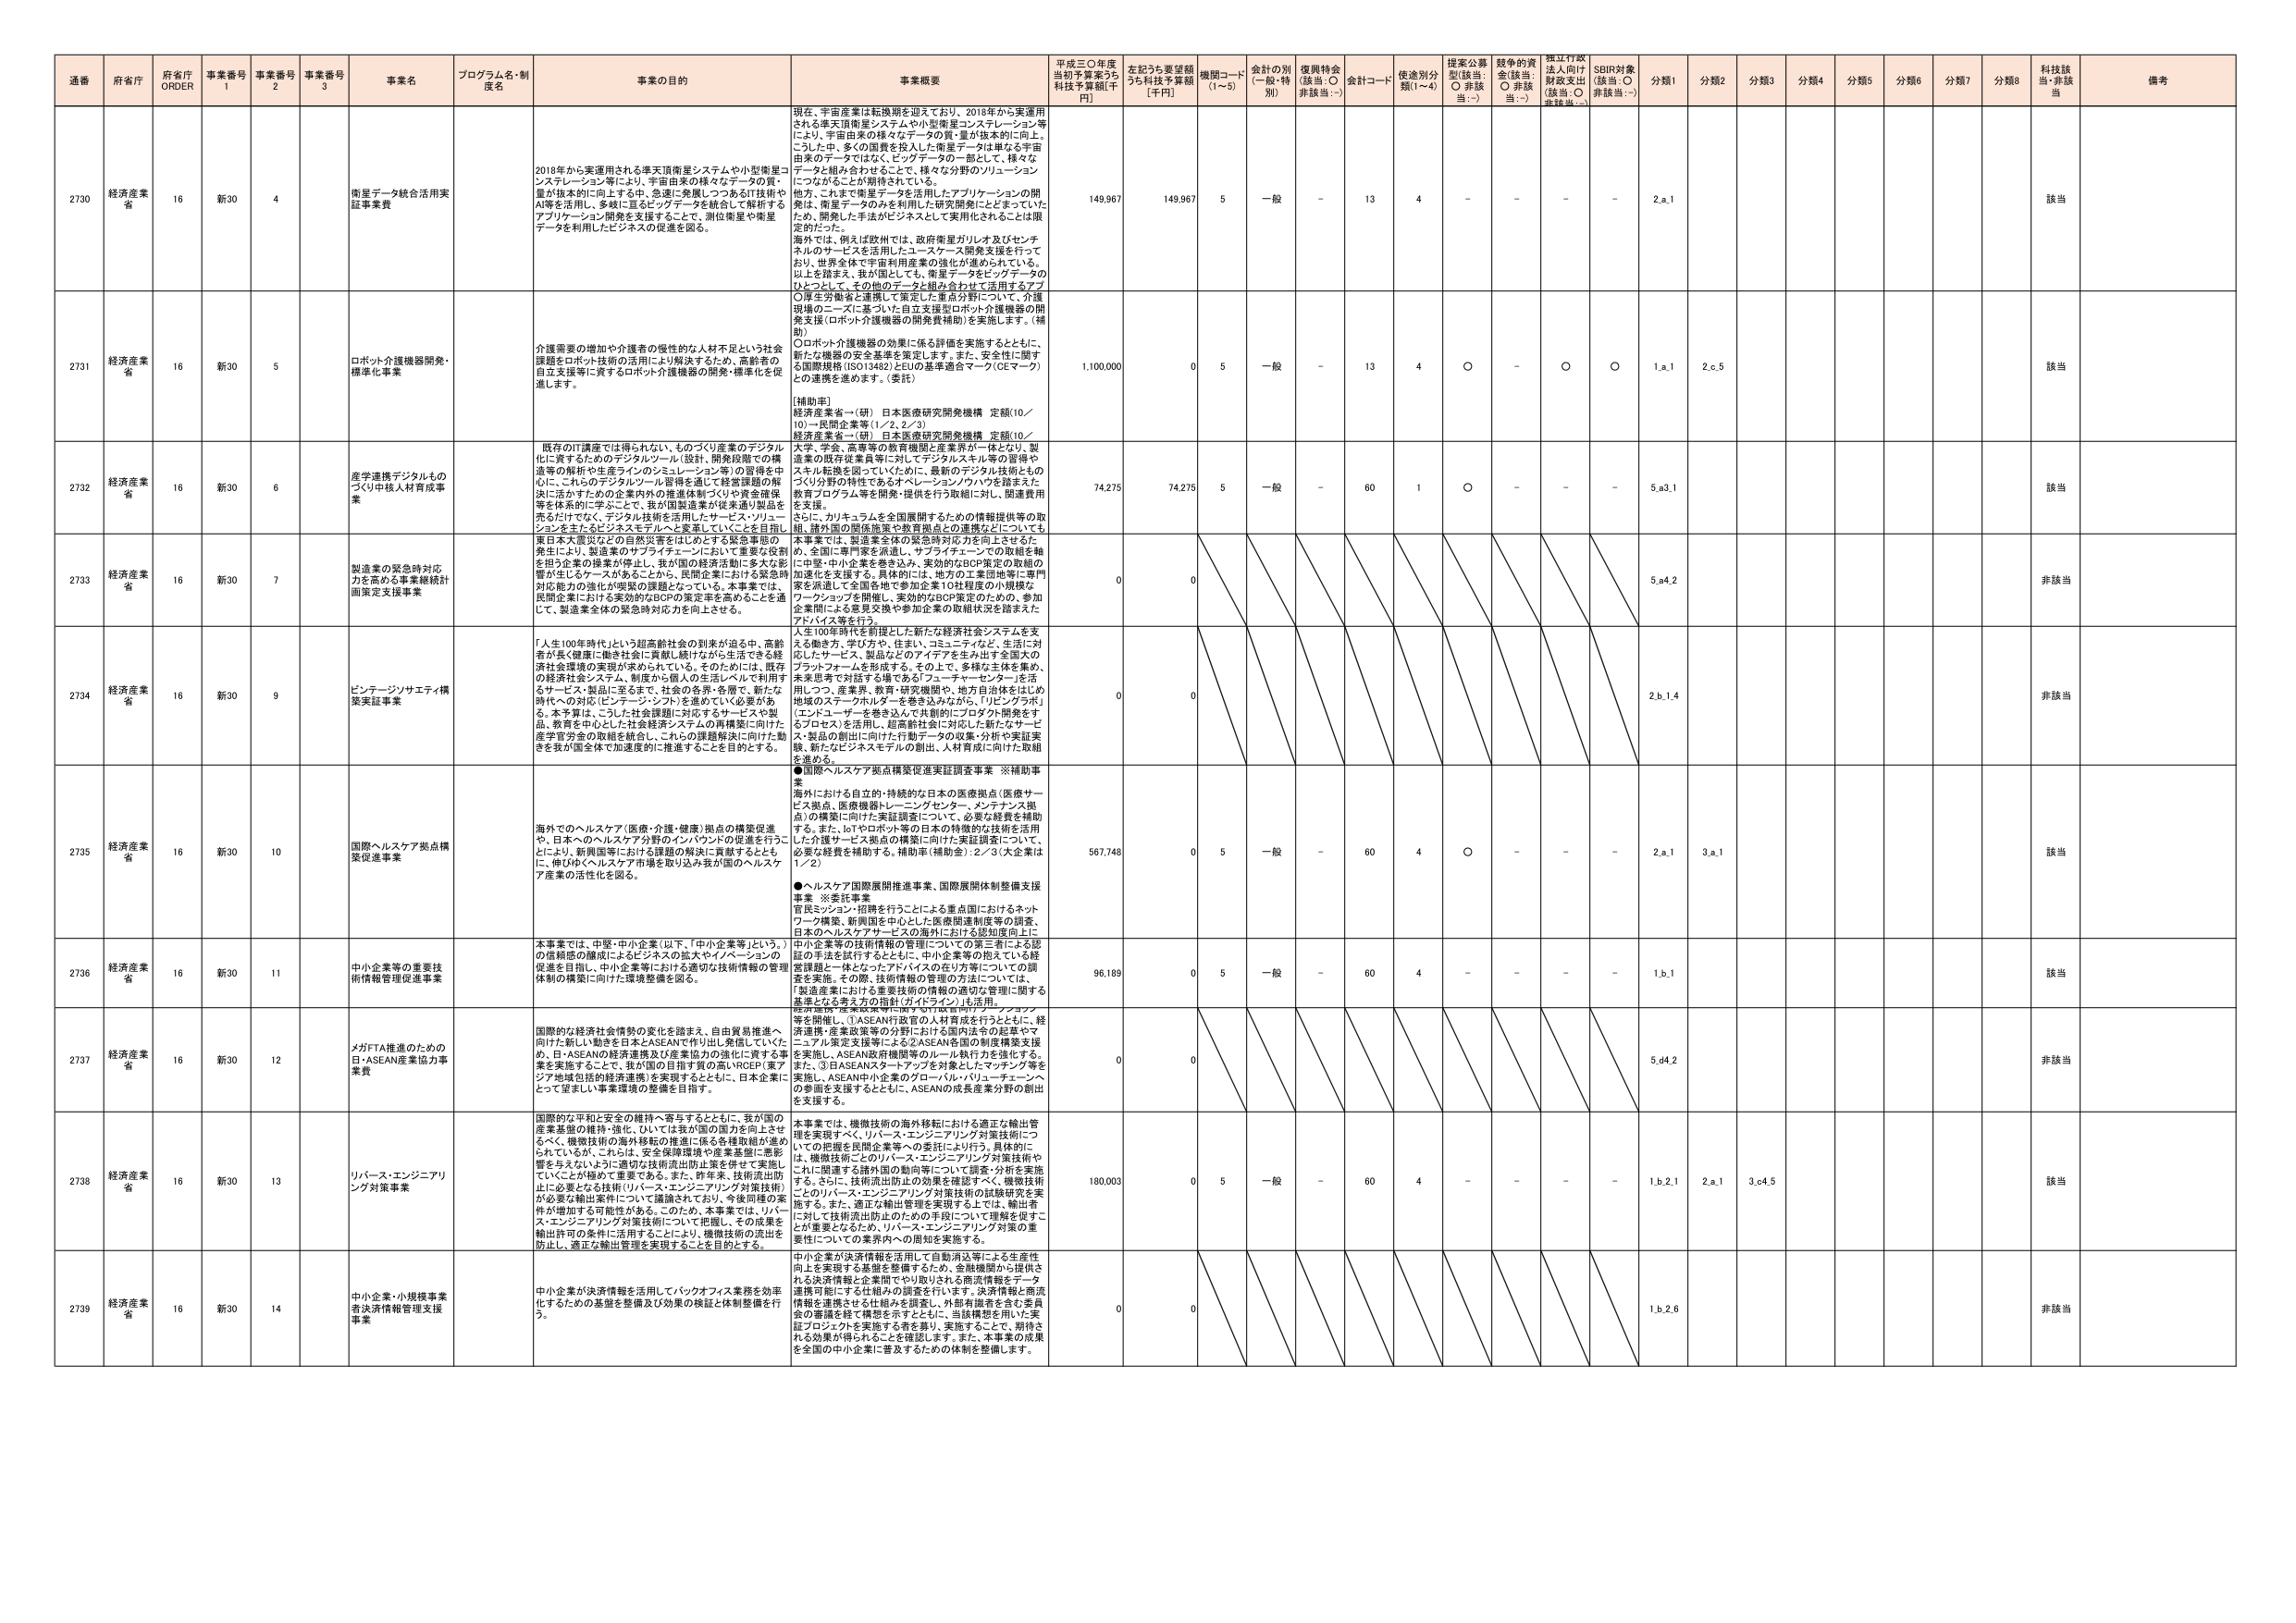
通番 府省庁 府省庁 ORDER 事業番号 1 事業番号 2 事業番号 3 事業名 プログラム名・制度名 事業の目的 事業概要 平成三〇年度当初予算案うち 科技予算額[千円] 左記うち要望額うち科技予算額 [千円] 機関コード (1～5) 会計の別 (一般・特別) 復興特会 (該当：○ 非該当：-) 会計コード 使途別分類(1～4) 提案公募型(該当：○ 非該当：-) 競争的資金(該当：○ 非該当：-) 標江行政法人向け財政支出 (該当：○ 非該当：-) SDIR対象 (該当：○ 非該当：-) 分類1 分類2 分類3 分類4 分類5 分類6 分類7 分類8 科技該当・非該当 備考

2730 経済産業省 16 新30 4 衛星データ統合活用実証事業費 2018年から実運用される準天頂衛星システムや小型衛星コンステレーション等により、宇宙由来の様々なデータの質・量が抜本的に向上。こうした中、多くの国費を投入した衛星データは単なる宇宙由来のデータではなく、ビッグデータの一部として、様々なデータと組み合わせることで、様々な分野のソリューションにつながることが期待されている。他方、これまで衛星データを活用したアプリケーションの開発は、衛星データのを利用した研究開発にとどまっていたため、開発した手法がビジネスとして実用化されることは限定的だった。海外では、例えば欧州では、政府衛星ガリレオ及びセンチネルのサービスを活用したユースケース開発支援を行っており、世界全体で宇宙利用産業の強化が進められている。以上を踏まえ、我が国としても、衛星データをビッグデータのひとつとして、その他のデータと組み合わせて活用するアプリケーション開発を支援することで、測位衛星や衛星データを利用したビジネスの促進を図る。 現在、宇宙産業は転換期を迎えており、2018年から実運用される準天頂衛星システムや小型衛星コンステレーション等により、宇宙由来の様々なデータの質・量が抜本的に向上。こうした中、多くの国費を投入した衛星データは単なる宇宙由来のデータではなく、ビッグデータの一部として、様々なデータと組み合わせることで、様々な分野のソリューションにつながることが期待されている。他方、これまで衛星データを活用したアプリケーションの開発は、衛星データのを利用した研究開発にとどまっていたため、開発した手法がビジネスとして実用化されることは限定的だった。海外では、例えば欧州では、政府衛星ガリレオ及びセンチネルのサービスを活用したユースケース開発支援を行っており、世界全体で宇宙利用産業の強化が進められている。以上を踏まえ、我が国としても、衛星データをビッグデータのひとつとして、その他のデータと組み合わせて活用するアプリケーション開発を支援することで、測位衛星や衛星データを利用したビジネスの促進を図る。 149,967 149,967 5 一般 - 13 4 - - - - 2,a,1 該当

2731 経済産業省 16 新30 5 ロボット介護機器開発・標準化事業 介護需要の増加や介護者の慢性的な人材不足という社会課題をロボット技術の活用により解決するため、高齢者の自立支援等に資するロボット介護機器の開発・標準化を促進します。 ○厚生労働省と連携して策定した重点分野について、介護現場のニーズに基づいた自立支援型ロボット介護機器の開発支援（ロボット介護機器の開発費補助）を実施します。（補助） ○ロボット介護機器の効果に係る評価を実施するとともに、新たな機器の安全基準を策定します。また、安全性に関する国際規格（ISO13482）とEUの基準適合マーク（CEマーク）との連携を進めます。（委託） [補助率] 経済産業省一（研）日本医療研究開発機構 定額(10／10)→民間企業等（1／2,2／3） 経済産業省一（研）日本医療研究開発機構 定額(10／10)→民間企業等（1／2,2／3） 1,100,000 0 5 一般 - 13 4 ○ - ○ ○ 1,a,1 2,c,5 該当

2732 経済産業省 16 新30 6 座学連携デジタルものづくり中核人材育成事業 既存のIT講座では得られない、ものづくり産業のデジタル化に資するためのデジタルツール（設計、開発段階での構造等の解析や生産ラインのシミュレーション等）の習得を中心に、これらのデジタルツール習得を通じて経営課題の解決に活かすための企業内外の推進体制づくりや資金確保等を体系的に学ぶことで、我が国製造業が従来通り製品を売上げではなく、デジタル技術を活用したサービス・ソリューションを主たるビジネスモデルへ変革していくことを目指し、 74,275 74,275 5 一般 - 60 1 ○ - - - 5,a,1 該当

2733 経済産業省 16 新30 7 製造業の緊急時対応力を高める事業継続計画策定支援事業 東日本大震災などの自然災害をはじめとする緊急事態の発生により、製造業のサプライチェーンにおいて重要な役割を担う企業の操業が停止し、我が国の経済活動に多大な影響が生じたケースがあることから、民間企業における緊急時対応能力の強化が喫緊の課題となっている。本事業では、民間企業における実効的なBCPの策定率を高めることを通じて、製造業全体の緊急時対応力を向上させる。 本事業では、製造業全体の緊急時対応力を向上させるため、全国に専門家を派遣し、サプライチェーンでの取組を軸に中堅・中小企業を巻き込み、実効的なBCP策定の取組の加速化を支援する。具体的には、地方の工業団地等に専門家を派遣して全国各地で参加企業10社程度の小規模なワークショップを開催し、実効的なBCP策定のための、参加企業間による意見交換や参加企業の取組状況を踏まえたアドバイス等を行う。 0 0 5,a,2 非該当

2734 経済産業省 16 新30 9 ビンテージソサエティ構築実証事業 「人生100年時代」という超高齢社会の到来が迫る中、高齢者が長く健康に働き社会に貢献し続けながら生活できる経済社会環境の実現が求められている。そのためには、既存の経済社会システム、制度から個人の生活レベルで利用するサービス・製品に至るまで、社会の各界・各層で、新たな時代への対応（ビンテージ・シフト）を進めていく必要がある。本予算は、こうした社会課題に対応するサービスや製品、教育を中心にした社会経済システムの再構築に向けた産学官学の取組を統合し、これらの課題解決に向けた動きを我が国全体で加速度的に推進することを目的とする。 人生100年時代を前提とした新たな経済社会システムを支える働き方、学び方や、住まい、コミュニティなど、生活に対応したサービス、製品などのアイデアを生み出す全国大のプラットフォームを形成する。その上で、多様な主体を集め、未来思考で対話する場である「フューチャーセンター」を活用しつつ、産業界、教育・研究機関や、地方自治体をはじめ地域のステークホルダーを巻き込みながら、「リビングラボ」「エンドユーザーを巻き込んで共創的にプロダクト開発をするプロジェクトを活用し、超高齢社会に対応した新たなサービス・製品の創出に向けた行動データの収集・分析や実証実験、新たなビジネスモデルの創出、人材育成に向けた取組を進める。 0 0 2,b,1,4 非該当

2735 経済産業省 16 新30 10 国際ヘルスケア拠点構築促進事業 海外でのヘルスケア（医療・介護・健康）拠点の構築促進や、日本のヘルスケア分野のインバウンドの促進を行うことにより、新興国等における課題の解決に貢献するとともに、伸びゆくヘルスケア市場を取り込み我が国のヘルスケア産業の活性化を図る。 ●国際ヘルスケア拠点構築促進実証調査事業 ※補助事業 海外における自立的・持続的な日本の医療拠点（医療サービス拠点、医療機器トレーニングセンター、メンテナンス拠点）の構築に向けた実証調査について、必要な経費を補助する。また、IoTやロボット等の日本の特徴的な技術を活用した介護サービス拠点の構築に向けた実証調査について、必要な経費を補助する。補助率（補助金）2／3（大企業は1／2） ●ヘルスケア国際展開推進事業、国際展開体制整備支援事業 ※委託事業 官民ミッション・招聘を行うことによる重点国におけるネットワーク構築、新興国を中心とした医療関連制度等の調査、日本のヘルスケアサービスの海外における認知度向上に 567,748 0 5 一般 - 60 4 ○ - - - 2,a,1 3,a,1 該当

2736 経済産業省 16 新30 11 中小企業等の重要技術情報管理促進事業 本事業では、中堅・中小企業（以下、「中小企業等」という。）の信頼度の醸成によるビジネスの拡大やイノベーションの促進を目指し、中小企業等における適切な技術情報の管理体制の構築に向けた環境整備を図る。 中小企業等の技術情報の管理についての第三者による認証の手法を試行するとともに、中小企業等の抱えている経営課題と一体となったアドバイスの在り方等についての調査を実施。その際、技術情報の管理の方法については、「製造産業における重要技術の情報の適切な管理に関する基準となる考え方の指針（ガイドライン）」を活用。 96,189 0 5 一般 - 60 4 - - - - 1,b,1 該当

2737 経済産業省 16 新30 12 メガFTA推進のための日・ASEAN産業協力事業費 国際的な経済社会情勢の変化を踏まえ、自由貿易推進へ向けた新しい動きを日本とASEANで作り出し発信していくため、日・ASEANの経済連携及び産業協力の強化に資する事業を実施することで、我が国の目指す質の高いRCEP（東アジア地域包括的経済連携）を実現するとともに、日本企業にとって望ましい事業環境の整備を目指す。 経済連携（ASEAN行政官の人事育成を行うことと、経済連携・産業政策等の分野における国内法その他キャマニアル策定支援等による②ASEAN各国の制度構築支援を実施し、ASEAN政府機関等のルール執行力を強化する。また、③日ASEANスタートアップを対象としたマッチング等を実施し、ASEAN中小企業のグローバル・バリューチェーンへの参画を支援するとともに、ASEANの成長産業分野の創出を支援する。 0 0 5,d,2 非該当

2738 経済産業省 16 新30 13 リバース・エンジニアリング対策事業 国際的な平和と安全の維持へ寄与するとともに、我が国の産業基盤の維持・強化、ひいては我が国の国力を向上させるべく、機微技術の海外移転の推進に係る各種取組が進められているが、これらは、安全保障環境や産業基盤に悪影響を及ぼすように適切な技術流出防止策を併せて実施していくことが極めて重要である。また、昨年来、技術流出防止に必要となる技術（リバース・エンジニアリング対策技術）が必要な輸出条件について議論されており、今後同様の案件が増加する可能性がある。このため、本事業では、リバース・エンジニアリング対策技術について把握し、その成果を輸出許可の条件に活用することにより、機微技術の流出を防止し、適正な輸出管理を実現することを目的とする。 本事業では、機微技術の海外移転における適正な輸出管理を実現すべく、リバース・エンジニアリング対策技術についての把握を民間企業等への委託により行う。具体的には、機微技術ごとのリバース・エンジニアリング対策技術やこれに関連する諸外国の動向等について調査・分析を実施する。さらに、技術流出防止の効果を確認すべく、機微技術ごとのリバース・エンジニアリング対策技術の試験研究を実施する。また、適正な輸出管理を実現する上では、輸出者に対して技術流出防止のための手段について理解を促すことが重要となるため、リバース・エンジニアリング対策の重要性についての業界内への周知を実施する。 180,003 0 5 一般 - 60 4 - - - - 1,b,2,1 2,a,1 3,c,4,5 該当

2739 経済産業省 16 新30 14 中小企業・小規模事業者決済情報管理支援事業 中小企業が決済情報を活用してバックオフィス業務を効率化するための基盤を整備及び効果の検証と体制整備を行う。 中小企業が決済情報を活用して自動消込等による生産性向上を実現する基盤を整備するため、金融機関から提供される決済情報と企業間でやり取りされる商流情報をデータ連携可能にする仕組みの調査を行います。決済情報と商流情報を連携させる仕組みを調査し、外部有識者を含む委員会の審議を経て構築を示すとともに、当該構想を用いた実証プロジェクトを実施する等を繰り、実施することで、期待される効果が得られることを確認します。また、本事業の成果を全国の中小企業に普及するための体制を整備します。 0 0 1,b,2,6 非該当